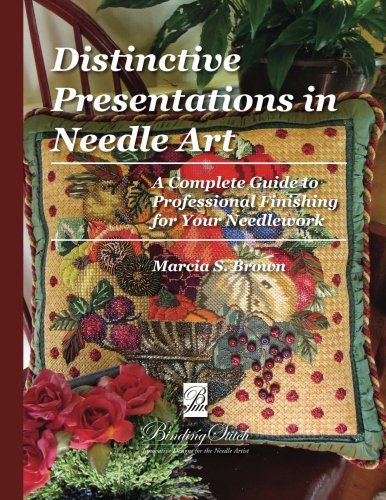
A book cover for Distinctive Presentations In Needle Art: A Complete Guide to Professional Finishing for Your Needlework; Marcia S. Brown; Crafts, Hobbies & Home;